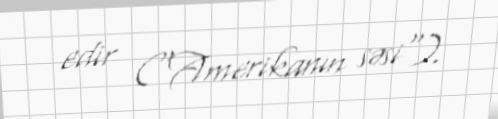
edir ("Amerikanın səsi").